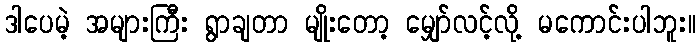
ဒါပေမဲ့ အများကြီး ရွာချတာ မျိုးတော့ မျှော်လင့်လို့ မကောင်းပါဘူး။